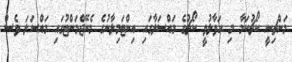
މަންޗިނީ ކޯޗުކަމާ މި ހަވާލުވީ ކޯޗުގެ މައްސަލާގައި އިންޓަމިލާނުގެ މެނޭޖްމަންޓުގައި މައްސަލަ ވެސް